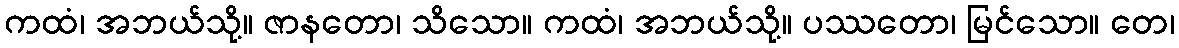
ကထံ၊ အဘယ်သို့။ ဇာနတော၊ သိသော။ ကထံ၊ အဘယ်သို့။ ပဿတော၊ မြင်သော။ တေ၊